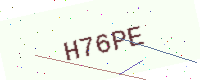
Text: H76PE